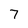
Character: 7